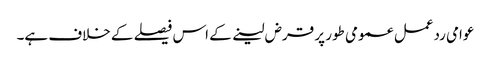
عوامی ردعمل عمومی طور پر قرض لینے کے اس فیصلے کے خلاف ہے۔